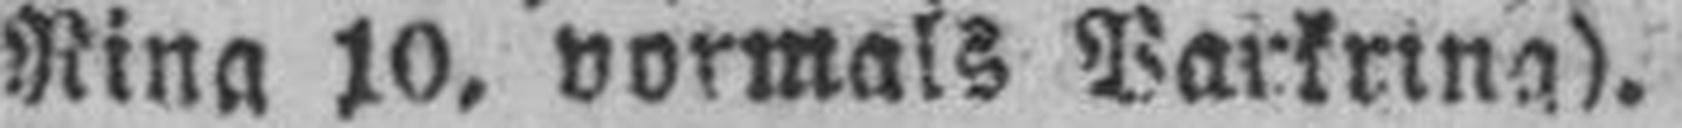
Rina 10, vormals Barkrina).